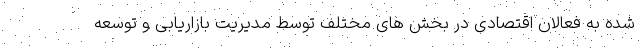
شده به فعالان اقتصادی در بخش های مختلف توسط مدیریت بازاریابی و توسعه